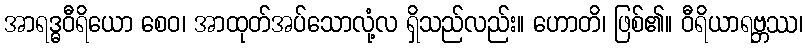
အာရဒ္ဓဝီရိယော စေဝ၊ အာထုတ်အပ်သောလုံ့လ ရှိသည်လည်း။ ဟောတိ၊ ဖြစ်၏။ ဝီရိယာရဗ္ဘဿ၊